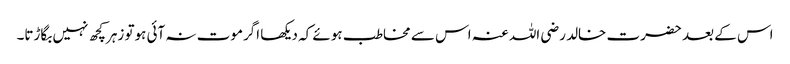
اس کے بعد حضرت خالد رضی اللہ عنہ اس سے مخاطب ہوئے کہ دیکھا اگرموت نہ آئی ہوتو زہرکچھ نہیں بگاڑتا۔